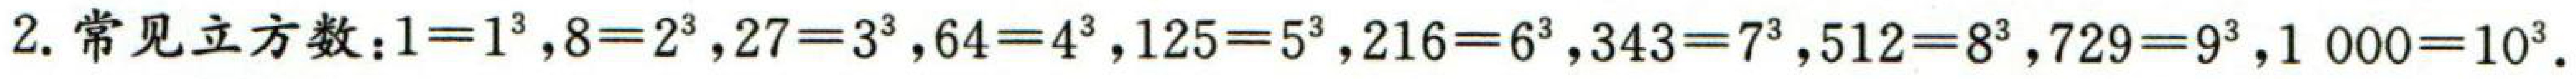
2. 常见立方数：$1 = 1^{3} ,8 = 2^{3} ,27 = 3^{3} ,64 = 4^{3} ,125 = 5^{3} ,216 = 6^{3} ,343 = 7^{3} ,512 = 8^{3} ,729 = 9^{3} ,1000 = 10^{3} .$